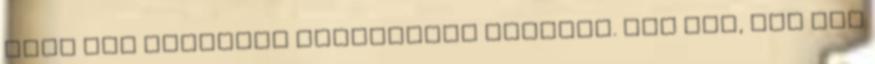
Évek óta készítek zabpelyhes kekszet. Hol így, hol úgy